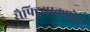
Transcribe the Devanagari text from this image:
सैफ्ट्रियाक्सोन